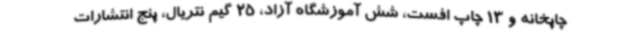
چاپخانه و 13 چاپ افست، شش آموزشگاه آزاد، 25 گیم نتریال، پنج انتشارات